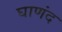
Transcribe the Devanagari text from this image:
घाणंद